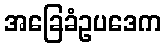
အခြေခံဥပဒေက